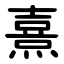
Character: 熹